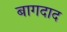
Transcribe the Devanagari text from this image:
बागदाद